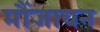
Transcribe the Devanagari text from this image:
मौंजायन